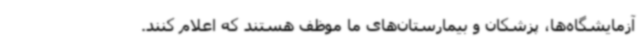
آزمایشگاه‌ها، پزشکان و بیمارستان‌های ما موظف هستند که اعلام کنند.